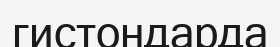
гистондарда